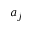
a _ { j }